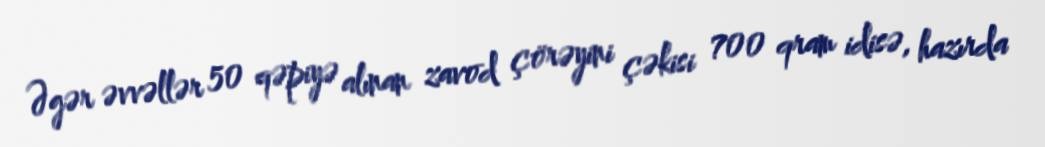
Əgər əvvəllər 50 qəpiyə alınan zavod çörəyini çəkisi 700 qram idisə, hazırda